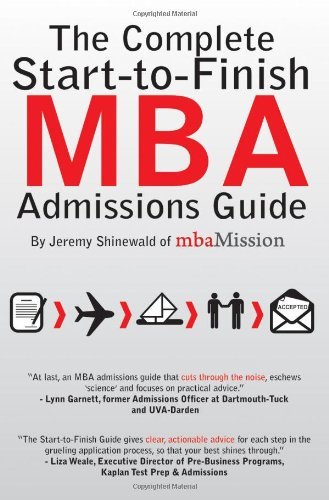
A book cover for The Complete Start-to-Finish MBA Admissions Guide [Paperback]; Jeremy Shinewald Kaplan; Education & Teaching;